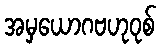
အမှယောဂဗဟုဝုစ်